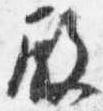
殿